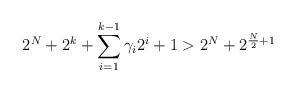
LaTeX: \begin{align*}2^{N}+2^{k}+\sum\limits^{k-1}_{i=1}\gamma_{i}2^{i}+1 >2^{N}+2^{\frac{N}{2}+1}\end{align*}